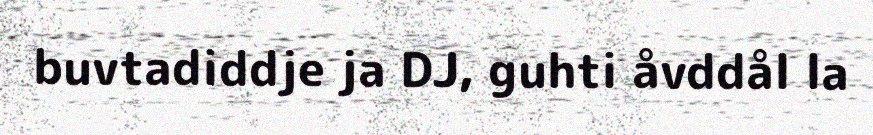
buvtadiddje ja DJ, guhti åvddål la